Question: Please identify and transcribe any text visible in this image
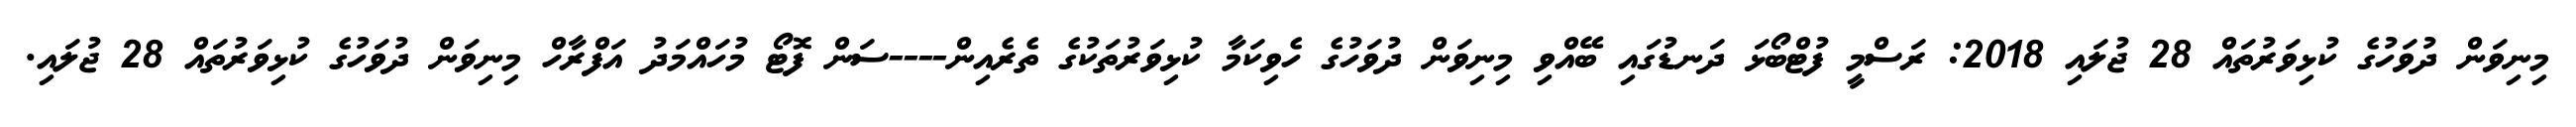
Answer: މިނިވަން ދުވަހުގެ ކުޅިވަރުތައް 28 ޖުލައި 2018: ރަސްމީ ފުޓްބޯޅަ ދަނޑުގައި ބޭއްވި މިނިވަން ދުވަހުގެ ހެވިކަމާ ކުޅިވަރުތަކުގެ ތެރެއިން----ސަން ފޮޓޯ މުހައްމަދު އަފްރާހް މިނިވަން ދުވަހުގެ ކުޅިވަރުތައް 28 ޖުލައި.